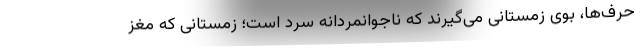
حرف‌ها، بوی زمستانی می‌گیرند که ناجوانمردانه سرد است؛ زمستانی که مغز